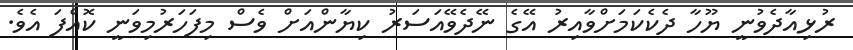
ރުޅިއާދެވުނީ ޔޫހާ ދެކެކަމަށްވާއިރު އޭގެ ނޭދެވޭއަސަރު ކިޔާންއަށް ވެސް މިފަހަރުމިވަނީ ކޮއްފަ އެވެ.